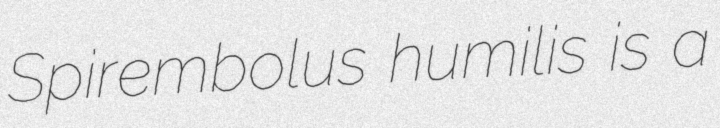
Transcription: Spirembolus humilis is a